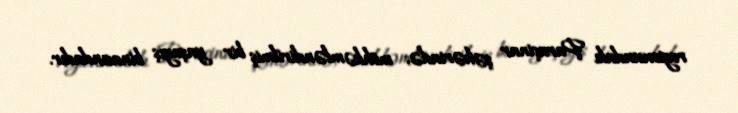
regionundakı Paraçinar şəhərində, möhkəmləndirilmiş bir yaşayış binasındadır.